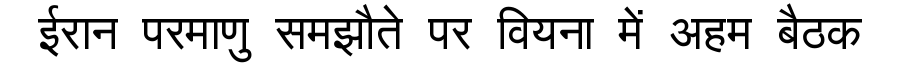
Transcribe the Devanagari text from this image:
ईरान परमाणु समझौते पर वियना में अहम बैठक